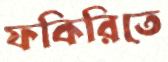
ফকিরিতে